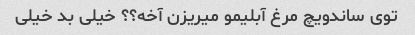
توی ساندویچ مرغ آبلیمو میریزن آخه؟؟ خیلی بد خیلی